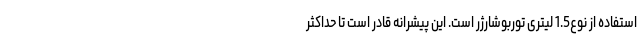
استفاده از نوع1.5 لیتری توربوشارژر است. این پیشرانه قادر است تا حداکثر